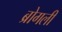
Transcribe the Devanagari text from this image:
ब्रोगली